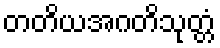
တတိယအဂတိသုတ္တံ